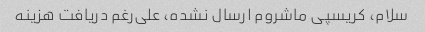
سلام، کریسپی ماشروم ارسال نشده، علی‌رغم دریافت هزینه